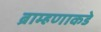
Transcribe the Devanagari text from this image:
ब्राम्हणाकडे